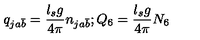
q _ { j a \bar { b } } = { \frac { l _ { s } g } { 4 \pi } } n _ { j a \bar { b } } ; Q _ { 6 } = { \frac { l _ { s } g } { 4 \pi } } N _ { 6 }